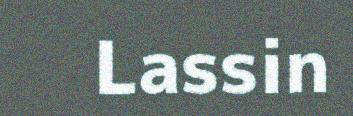
Lassin